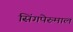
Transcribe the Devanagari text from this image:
सिंगपेरुमाल